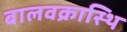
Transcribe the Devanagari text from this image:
बालवक्रास्थि